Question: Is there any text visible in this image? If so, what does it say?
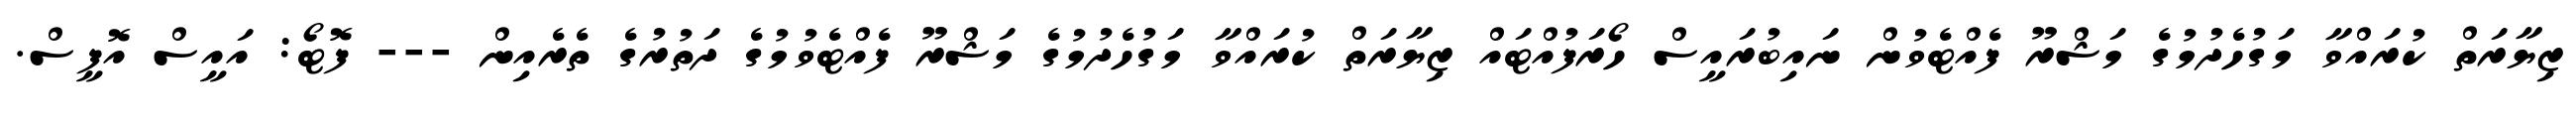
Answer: ޒިޔާރަތް ކުރައްވާ މަގުހެދުމުގެ މަޝްރޫ ފެއްޓެވުން ނައިބުރައީސް ހޯރަފުއްޓައް ޒިޔާރަތް ކުރައްވާ މަގުހެދުމުގެ މަޝްރޫ ފެއްޓެވުމުގެ ދަތުރުގެ ތެރެއިން --- ފޮޓޯ: އައީސް އޮފީސް.